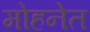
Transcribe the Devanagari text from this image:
मोहनेत